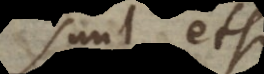
sunt, etsi